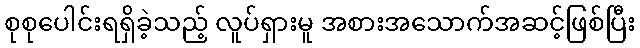
စုစုပေါင်းရရှိခဲ့သည့် လူပ်ရှားမူ အစားအသောက်အဆင့်ဖြစ်ပြီး